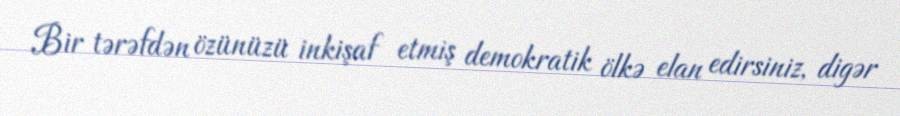
Bir tərəfdən özünüzü inkişaf etmiş demokratik ölkə elan edirsiniz, digər